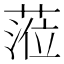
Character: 蒞